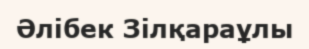
Әлібек Зілқараұлы